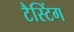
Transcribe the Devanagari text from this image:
टैस्टिंग